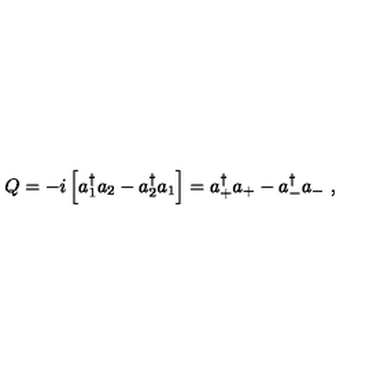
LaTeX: Q = - i \left[ a _ { 1 } ^ { \dagger } a _ { 2 } - a _ { 2 } ^ { \dagger } a _ { 1 } \right] = a _ { + } ^ { \dagger } a _ { + } - a _ { - } ^ { \dagger } a _ { - } \ ,